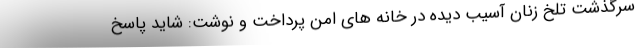
سرگذشت تلخ زنان آسیب دیده در خانه های امن پرداخت و نوشت: شاید پاسخ